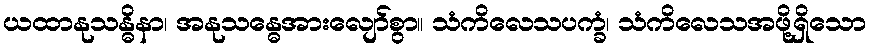
ယထာနုသန္ဓိနာ၊ အနုသန္ဓေအားလျော်စွာ။ သံကိလေသပက္ခံ၊ သံကိလေသအဖို့ရှိသော